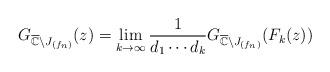
LaTeX: \begin{align*}G_{\overline{\mathbb{C}}\setminus J_{(f_n)}}(z) =\lim_{k\rightarrow\infty} \frac{1}{d_1\cdots d_k} G_{\overline{\mathbb{C}}\setminus J_{(f_n)}}{(F_k(z))}\end{align*}